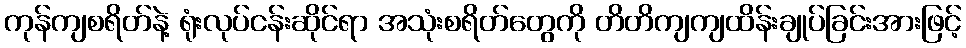
ကုန်ကျစရိတ်နဲ့ ရုံးလုပ်ငန်းဆိုင်ရာ အသုံးစရိတ်တွေကို တိတိကျကျထိန်းချုပ်ခြင်းအားဖြင့်